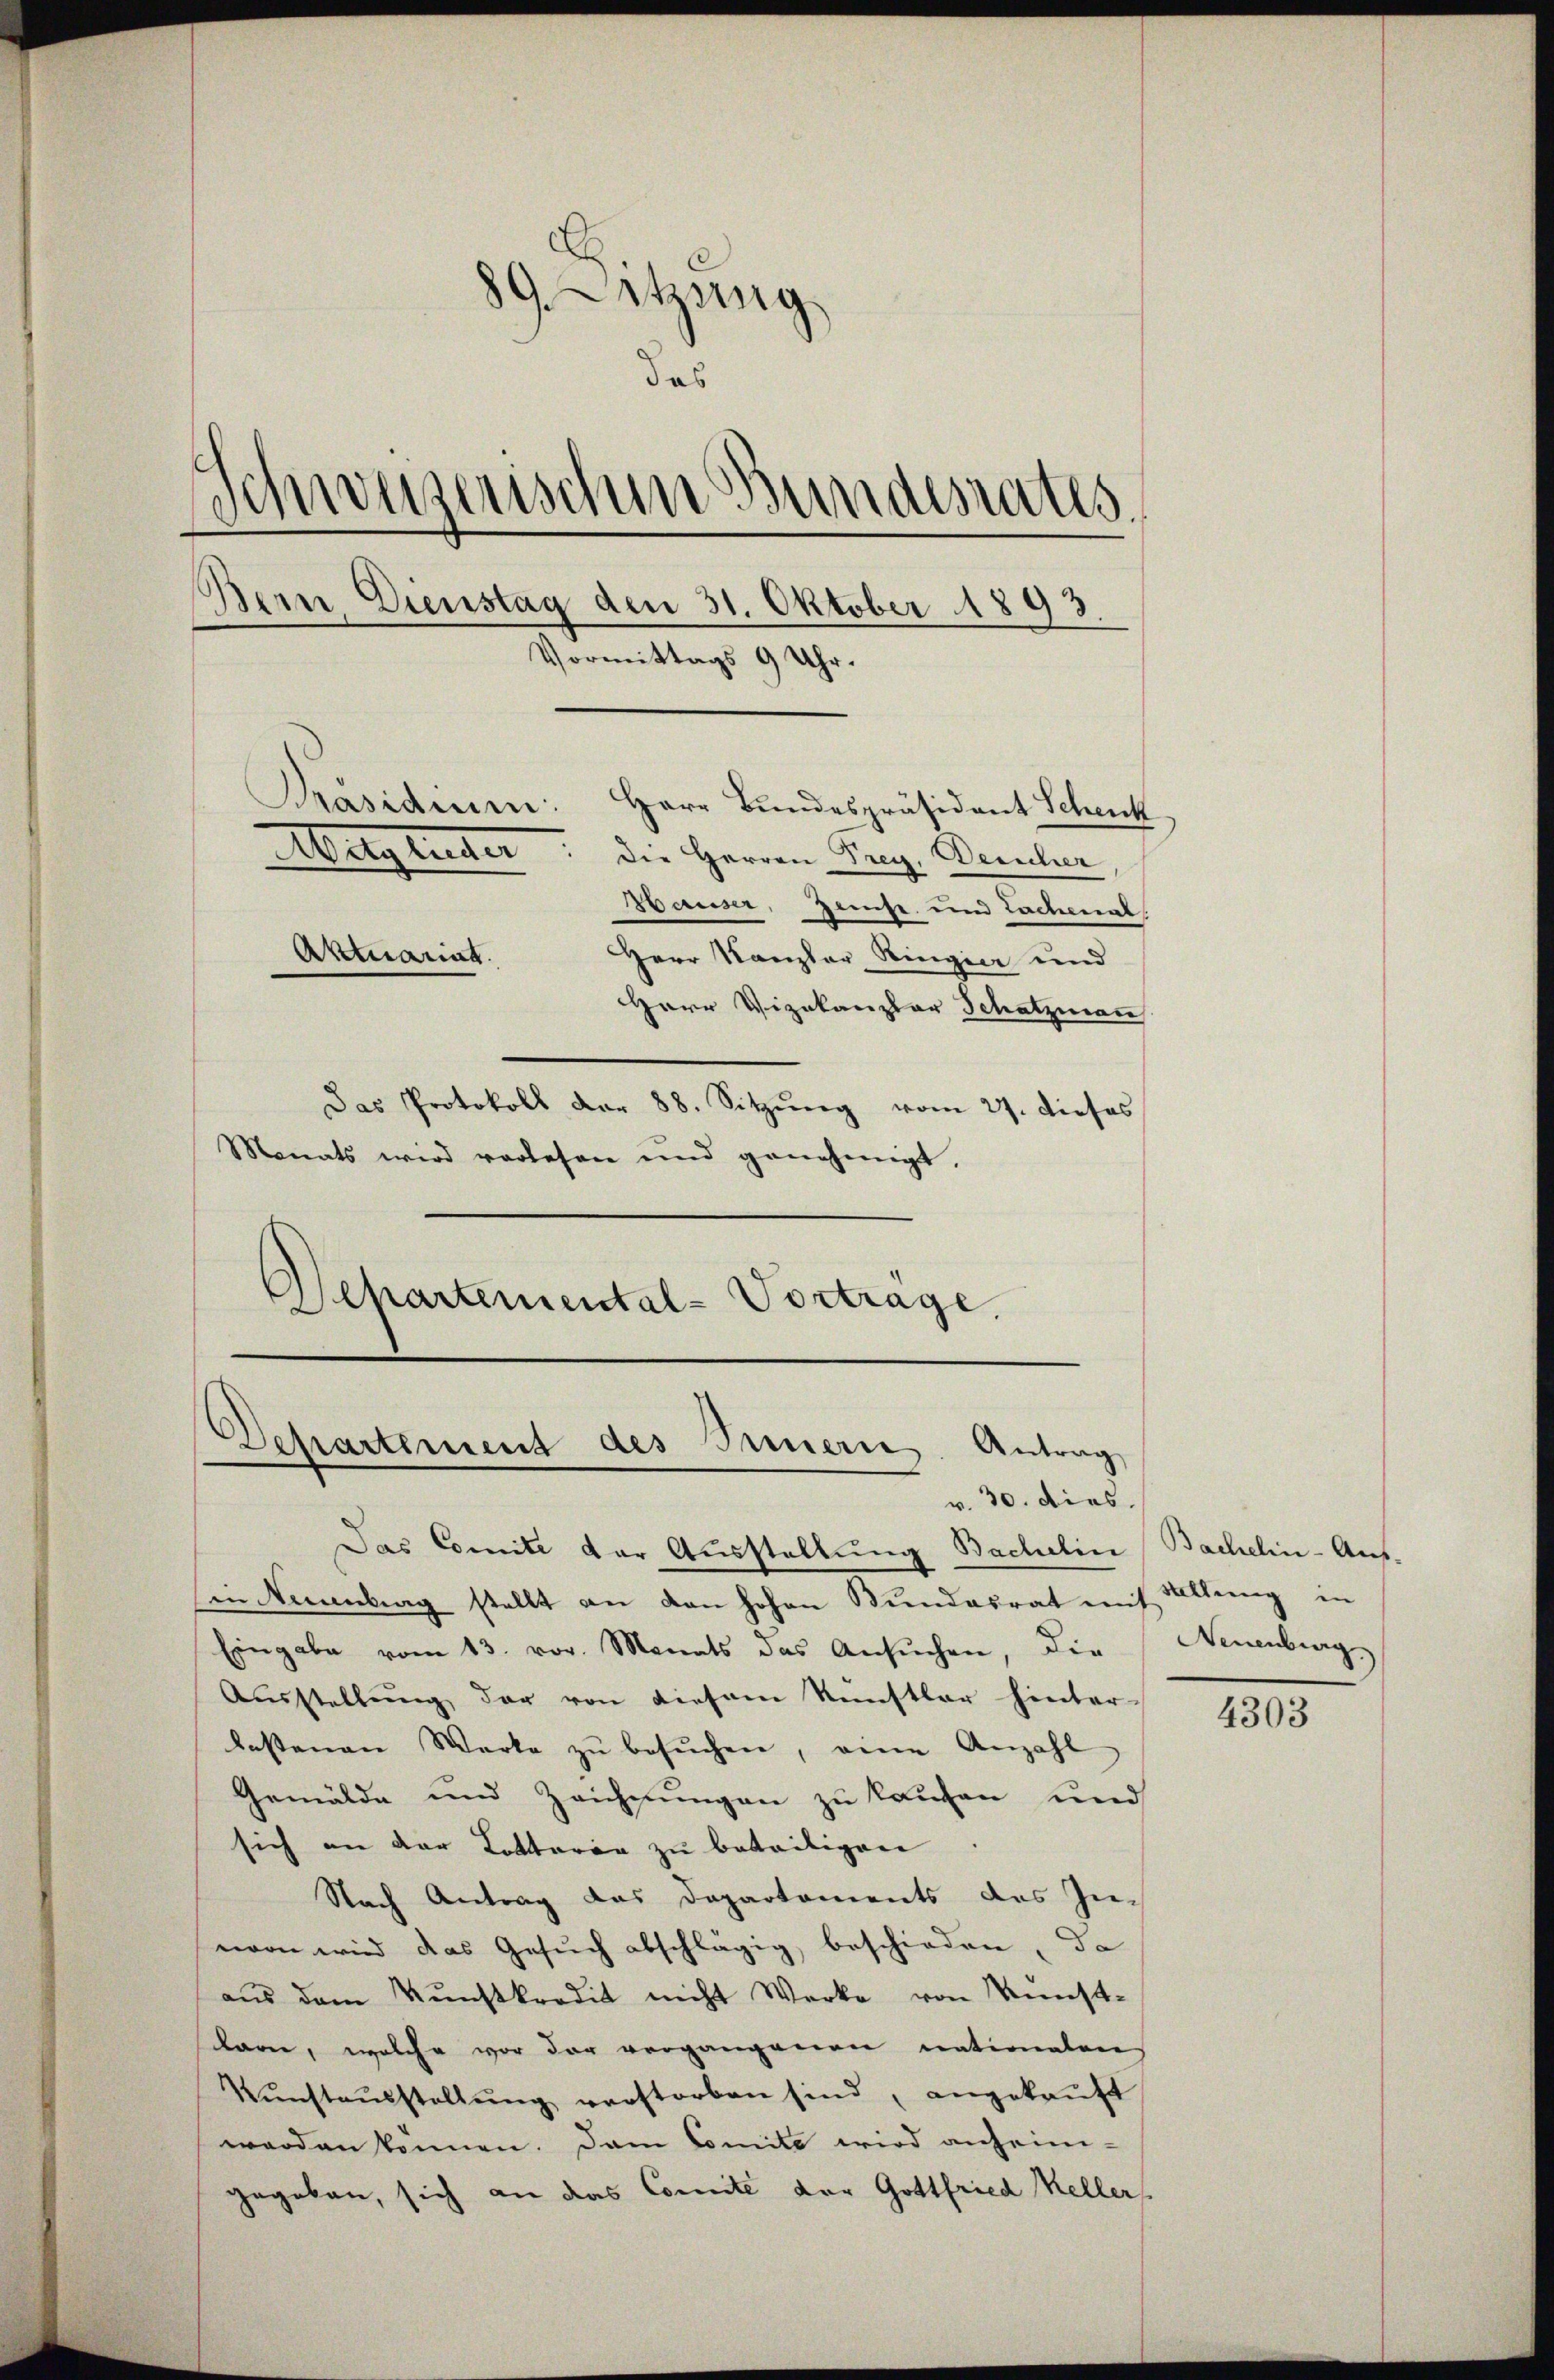
89. Letzung
das
mäuserischen Bundesraths¬
Bern. Dienstag den 31. Oktober 1893.
Vormittags 9 Uhr.
Präsidien: Herr Bundespräsident Schenk
Mitglieder die Herren Prag. Derucher
Hauser, Zeicht und Lochenal
Aktuariat.
Herr Kanzler Ringier und
Herr Vizekanzlar Schatzmann
Das Protokoll der 88. Sitzŭng vom 27. dieses
Monats wird vorlesen und genehmigt,

Departemental-Vortrage.
Departement des Innern. Antrag
v. 30. Dies.

Das Comite der Ausstellung Bachelin (Bachelin-Ausin Neuenburg stellt an den hohen Bundesrat auch Altung in
Eingabe vom 13. vor. Monats das Ansŭchen, die
Ausstellung, der von diesem Künstler hinter-
lastenen Werke zŭ besŭchen, eine Anzahl
Gemälde und Zeichnungen zu kaufen und
sich an der Lottaren zu beteiligen
Nach Antrag das Departements des Innvon wird das Gesŭch abschlägig beschieden, da
aus dem Kunstkredit nicht Werke von Kunst-
karn, welche vor der vergangenen nationalen
Kŭnstaŭsstellŭng verstorben sind, angekaŭft
werden können. Dem Comite wird anheim-
gegeben, sich an das Comite der Gottfried Keller

Neuenburg

4303